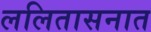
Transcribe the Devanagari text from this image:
ललितासनात